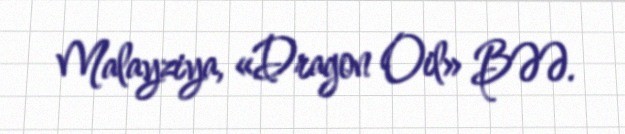
Malayziya, «Dragon Oil» BƏƏ.